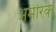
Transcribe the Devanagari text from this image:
अमेरिके